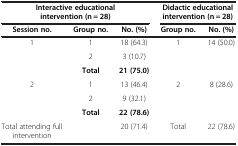
<table><thead><tr><td colspan="3"><b>Interactive educational intervention (n = 28)</b></td><td colspan="2"><b>Didactic educational intervention (n = 28)</b></td></tr><tr><td><b>Session no.</b></td><td><b>Group no.</b></td><td><b>No. (%)</b></td><td><b>Group no.</b></td><td><b>No. (%)</b></td></tr></thead><tbody><tr><td rowspan="3">1</td><td>1</td><td>18 (64.3)</td><td rowspan="3">1</td><td rowspan="3">14 (50.0)</td></tr><tr><td>2</td><td>3 (10.7)</td></tr><tr><td><b>Total</b></td><td><b>21 (75.0)</b></td></tr><tr><td rowspan="3">2</td><td>1</td><td>13 (46.4)</td><td rowspan="3">2</td><td rowspan="3">8 (28.6)</td></tr><tr><td>2</td><td>9 (32.1)</td></tr><tr><td><b>Total</b></td><td><b>22 (78.6)</b></td></tr><tr><td>Total attending full intervention</td><td> </td><td>20 (71.4)</td><td>Total</td><td>22 (78.6)</td></tr></tbody></table>